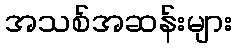
အသစ်အဆန်းများ